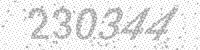
Solution: 230344